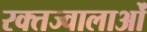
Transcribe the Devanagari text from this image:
रक्तज्वालाओं